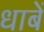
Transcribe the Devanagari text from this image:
धाबें